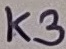
Text: K3